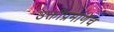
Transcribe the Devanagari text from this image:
उक्तीप्रमाणेच